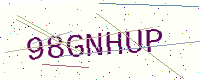
Text: 98GNHUP